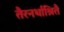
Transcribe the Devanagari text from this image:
तैरनर्थाश्रितै